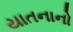
યાતનાનો